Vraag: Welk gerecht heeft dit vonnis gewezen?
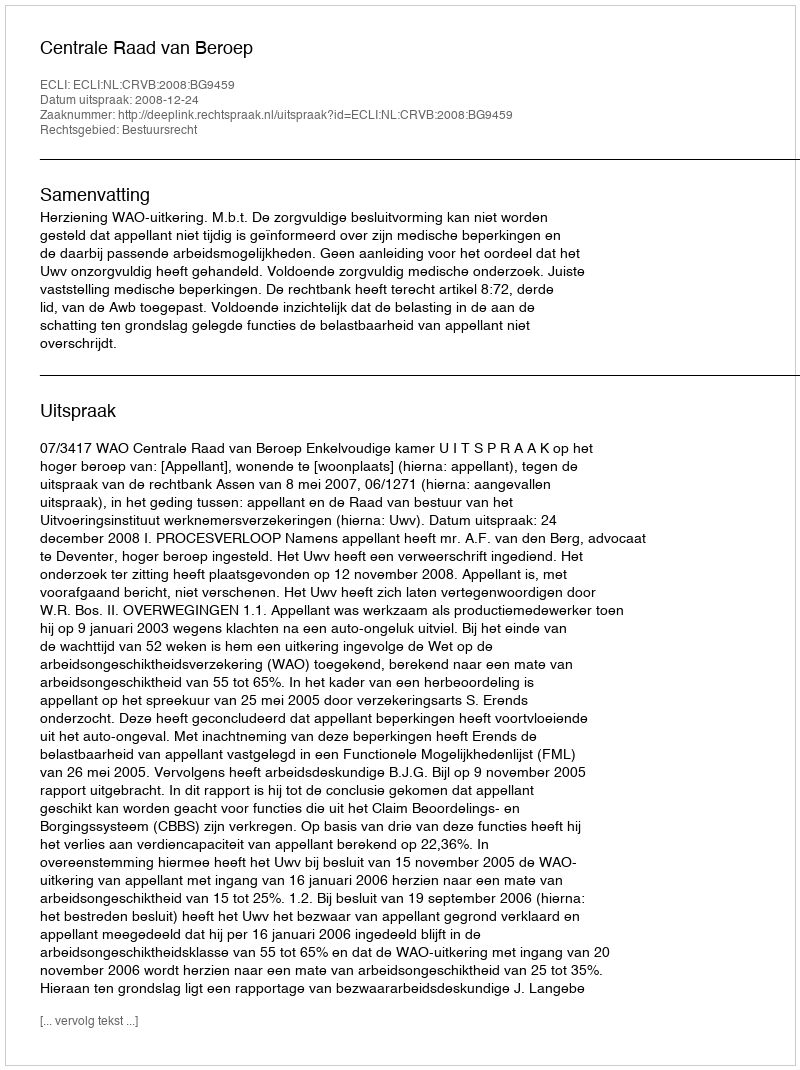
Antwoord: Centrale Raad van Beroep